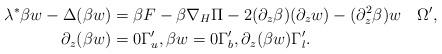
LaTeX: \begin{align*}\lambda^*\beta w - \Delta(\beta w) &= \beta F - \beta \nabla_H\Pi- 2(\partial_z\beta) (\partial_z w) - (\partial_z^2\beta) w \quad\Omega', \\\partial_z(\beta w) &= 0 \Gamma_u', \beta w = 0 \Gamma_b', \partial_z(\beta w) \Gamma_l'.\end{align*}